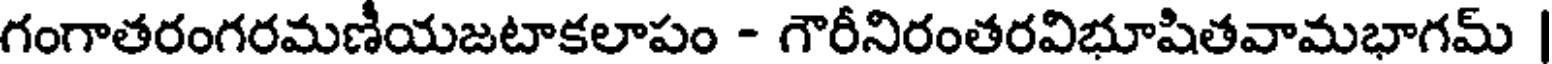
గంగాతరంగరమణీయజటాకలాపం - గౌరీనిరంతరవిభూషితవామభాగమ్